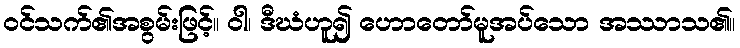
ဝင်သက်၏အစွမ်းဖြင့်။ ဝါ၊ ဒီဃံဟူ၍ ဟောတော်မူအပ်သော အဿာသ၏။